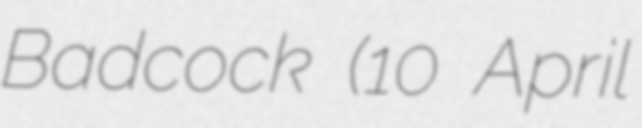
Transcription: Badcock (10 April